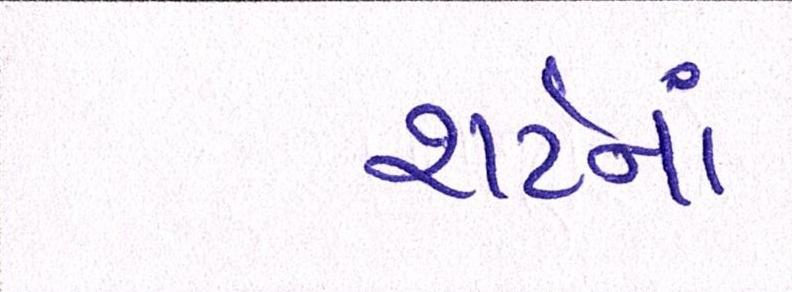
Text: શર્ટનાં